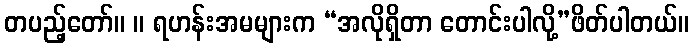
တပည့်တော်။ ။ ရဟန်းအမများက “အလိုရှိတာ တောင်းပါလို့”ဖိတ်ပါတယ်။